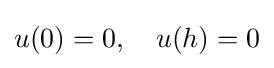
u(0)=0,\quad u(h)=0